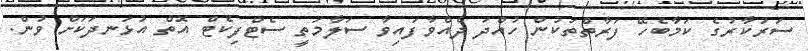
ސަރުކާރުގެ ކަމާބެހޭ ފަރާތްތަކުން ހުއްދަ ދެއްވާފައިވާ ސަލާމަތީ ސެޓްފިކެޓް އޮތް އުޅަނދަކަށް ވުން.